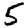
Digit: 5